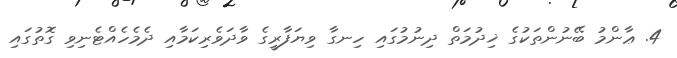
4. ޢާންމު ބޭނުންތަކުގެ ޚިދުމަތް ދިނުމުގައި ހިނގާ ވިޔަފާރީގެ ވާދަވެރިކަމާއި ދެމެހެއްޓެނިވި ގޮތުގައި